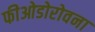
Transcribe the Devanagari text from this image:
फीओडोरोवना